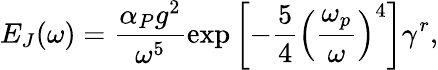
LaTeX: E_{J}(\omega)=\frac{\alpha_{P}g^{2}}{\omega^{5}}\exp{\left[-\frac{5}{4}\left(\frac{\omega_{p}}{\omega}\right)^{4}\right]}\gamma^{r},